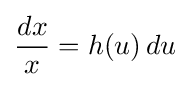
{\frac {dx}{x}}=h(u)\,du